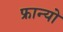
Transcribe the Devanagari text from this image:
फ्रान्यो